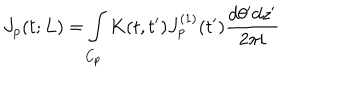
LaTeX: J _ { p } ( t ; L ) = \int _ { C _ { p } } K ( t , t ^ { \prime } ) J _ { p } ^ { ( 1 ) } ( t ^ { \prime } ) \frac { d \theta ^ { \prime } d z ^ { \prime } } { 2 \pi i }